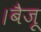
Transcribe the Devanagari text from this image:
।बैजू